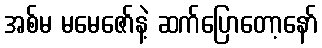
အစ်မ မမေဇော်နဲ့ ဆက်ပြောတော့နော်